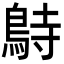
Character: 𪀔